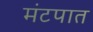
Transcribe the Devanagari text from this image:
मंटपात